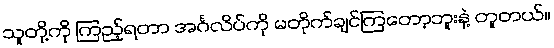
သူတို့ကို ကြည့်ရတာ အင်္ဂလိပ်ကို မတိုက်ချင်ကြတော့ဘူးနဲ့ တူတယ်။